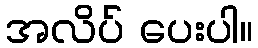
အလိပ် ပေးပါ။